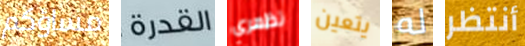
مساؤكم القدرة تظهري يتعين له أنتظر